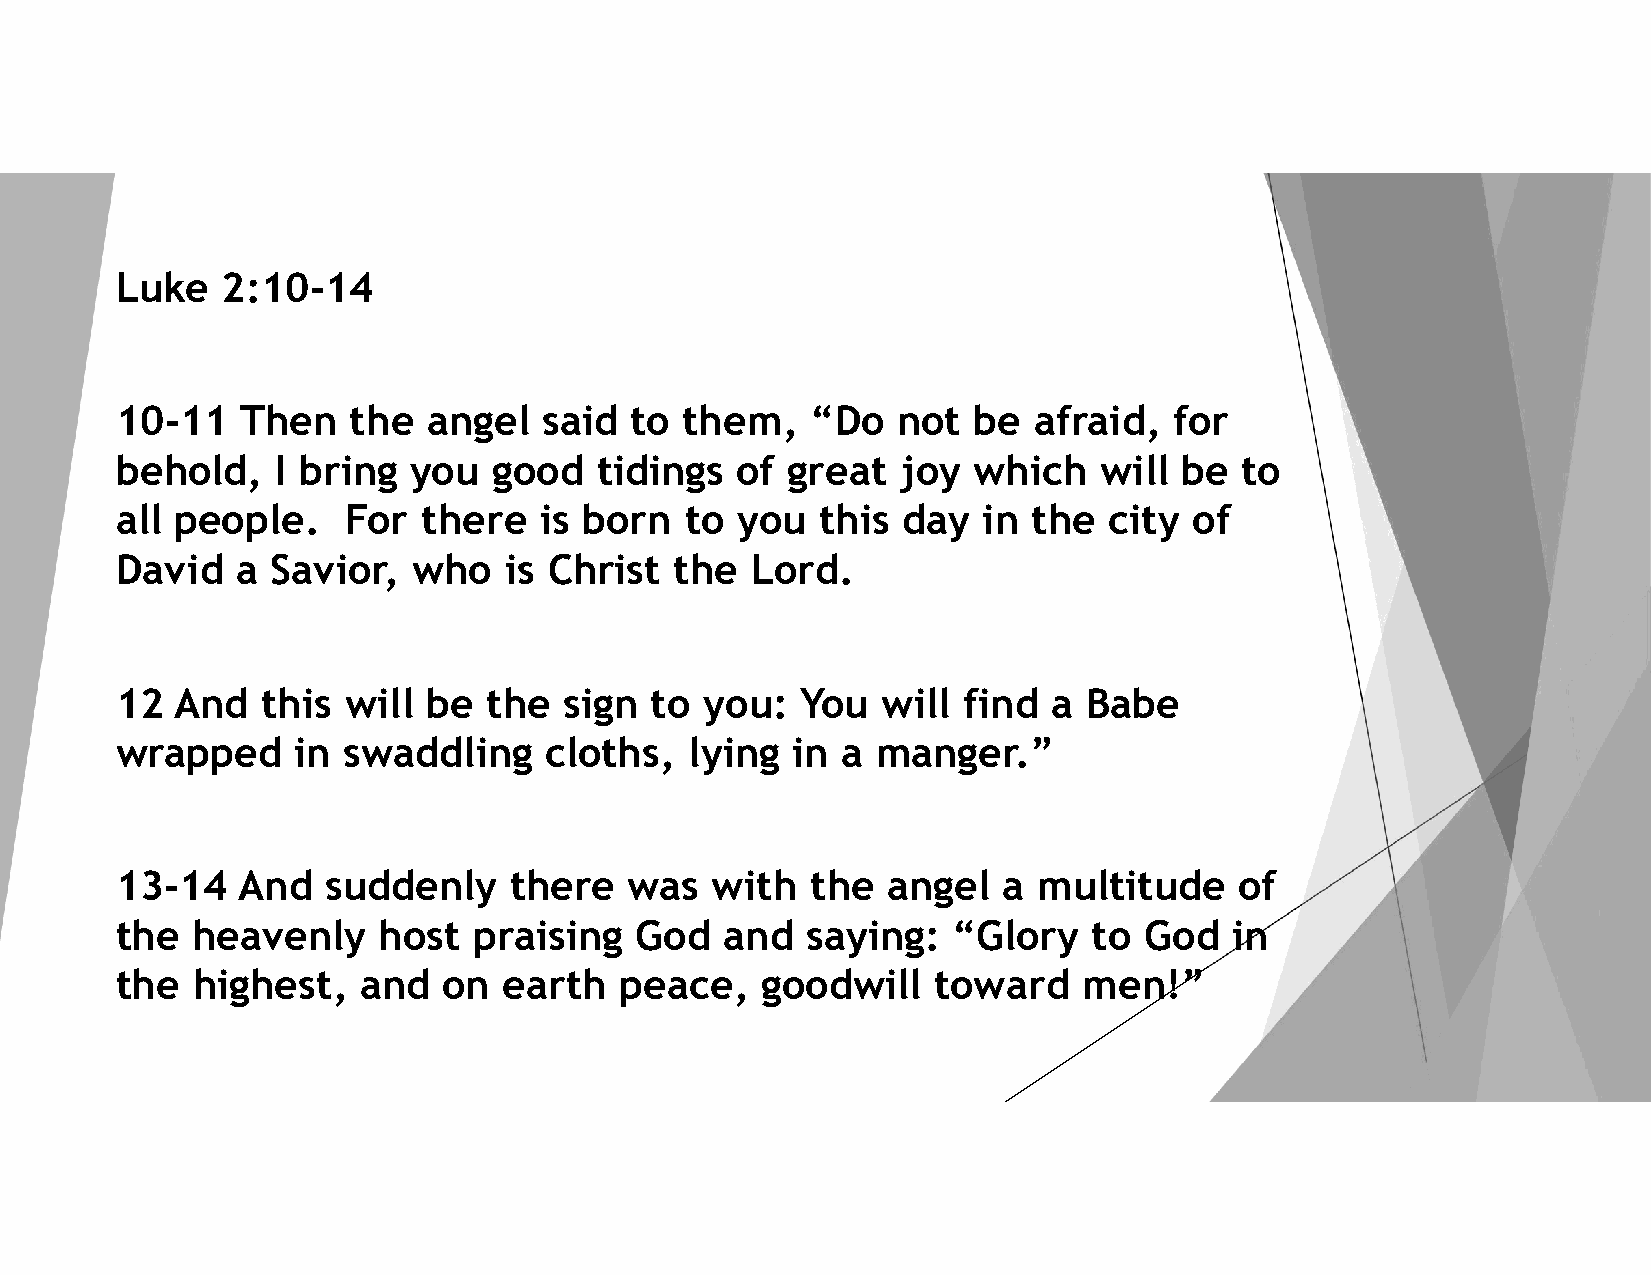
Luke   2:10-14
 10-11   Then   the  angel   said  to them,    “Do  not  be  afraid,   for
 behold,   I bring  you   good  tidings   of great   joy which    will be  to
 all people.    For  there   is born  to  you  this  day  in the  city  of
 David   a Savior,  who   is Christ   the  Lord.
 12  And  this  will be  the  sign  to  you:  You  will  find  a Babe
 wrapped    in  swaddling    cloths,   lying in  a manger.”
 13-14   And   suddenly    there   was  with   the  angel  a  multitude    of
 the  heavenly    host  praising   God   and  saying:   “Glory   to  God   in
 the  highest,   and  on  earth   peace,   goodwill    toward    men!”